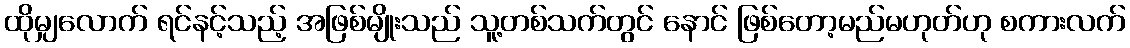
ထိုမျှလောက် ရင်နင့်သည့် အဖြစ်မျိုးသည် သူ့တစ်သက်တွင် နောင် ဖြစ်တော့မည်မဟုတ်ဟု စကားလက်